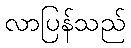
လာပြန်သည်